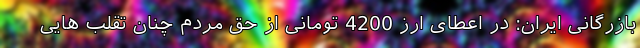
بازرگانی ایران: در اعطای ارز 4200 تومانی از حق مردم چنان تقلب هایی